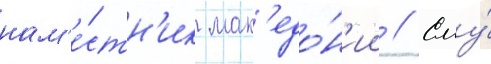
нам'е́стн'ик мак'едо́н'ии // Ему́